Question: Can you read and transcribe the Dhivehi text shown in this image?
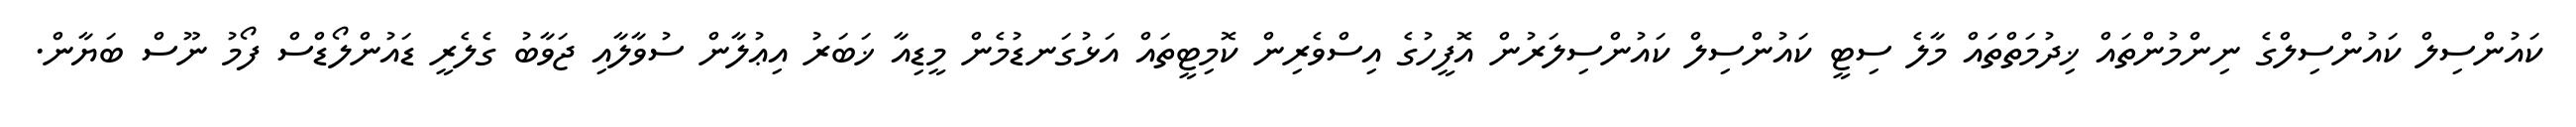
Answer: ކައުންސިލް ކައުންސިލްގެ ނިންމުންތައް ޚިދުމަތްތައް މާލެ ސިޓީ ކައުންސިލް ކައުންސިލަރުން އޮފީހުގެ އިސްވެރިން ކޮމިޓީތައް އަޅުގަނޑުމެން މީޑިއާ ޚަބަރު އިޢުލާން ސުވާލާއި ޖަވާބު ގެލެރީ ޑައުންލޯޑްސް ފޯމު ނޫސް ބަޔާން.